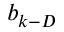
b _ { k - D }